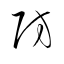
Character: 防